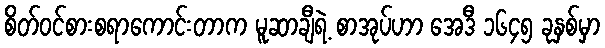
စိတ်ဝင်စားစရာကောင်းတာက မူဆာချီရဲ့ စာအုပ်ဟာ အေဒီ ၁၆၄၅ ခုနှစ်မှာ